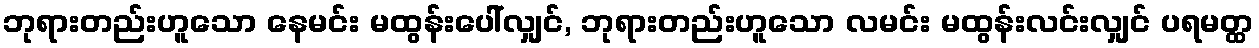
ဘုရားတည်းဟူသော နေမင်း မထွန်းပေါ်လျှင်, ဘုရားတည်းဟူသော လမင်း မထွန်းလင်းလျှင် ပရမတ္ထ